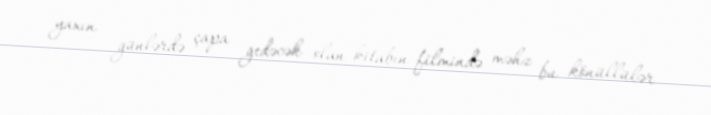
yaxın günlərdə çapa gedəcək olan kitabın filmində məhz bu könüllülər